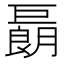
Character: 𢀬